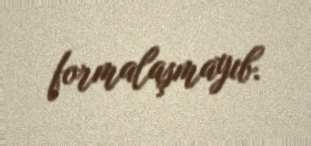
formalaşmayıb.